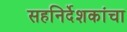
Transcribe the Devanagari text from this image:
सहनिर्देशकांचा